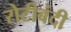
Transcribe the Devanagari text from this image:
रोटीबंदी